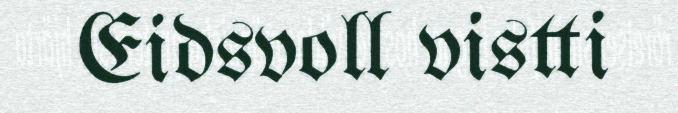
Eidsvoll vistti